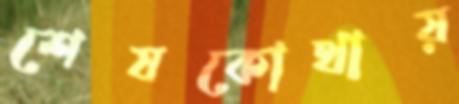
শেষকোথায়